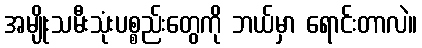
အမျိုးသမီးသုံးပစ္စည်းတွေကို ဘယ်မှာ ရောင်းတာလဲ။